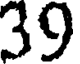
39